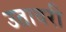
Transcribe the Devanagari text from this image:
उतावरी